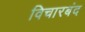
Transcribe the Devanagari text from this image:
विचारबंद